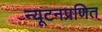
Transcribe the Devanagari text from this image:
न्यूटनप्रणित